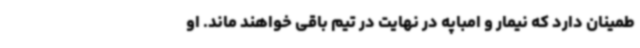
طمینان دارد که نیمار و امباپه در نهایت در تیم باقی خواهند ماند. او